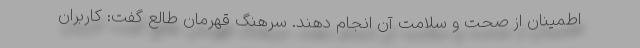
اطمینان از صحت و سلامت آن انجام دهند. سرهنگ قهرمان طالع گفت: کاربران